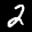
Label: 2